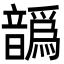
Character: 𩑁